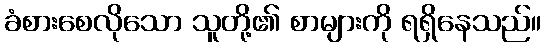
ခံစားစေလိုသော သူတို့၏ စာများကို ရရှိနေသည်။